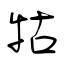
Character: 牯